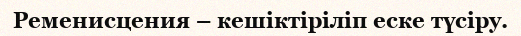
Ременисцения – кешіктіріліп еске түсіру.